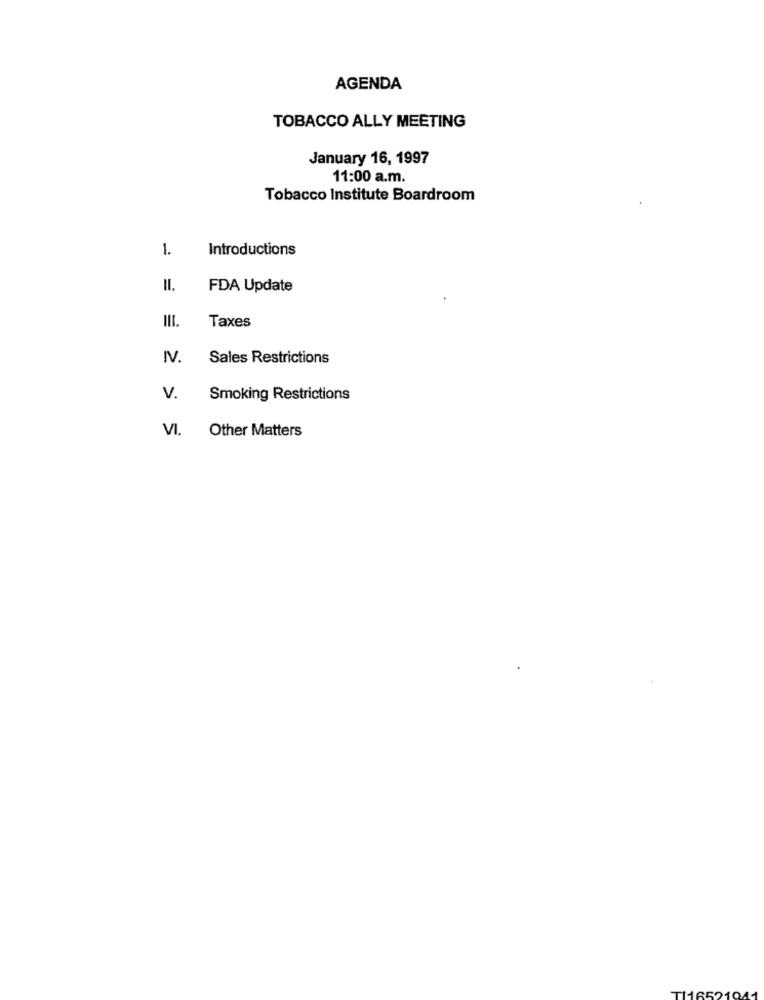
AGENDA
TOBACCO ALLY MEETING
January 16, 1997
11:00 a.m.
Tobacco Institute Boardroom
1.
Introductions
II.
FDA Update
III.
Taxes
IV.
Sales Restrictions
V.
Smoking Restrictions
VI.
Other Matters